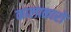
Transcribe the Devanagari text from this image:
कालाकारों